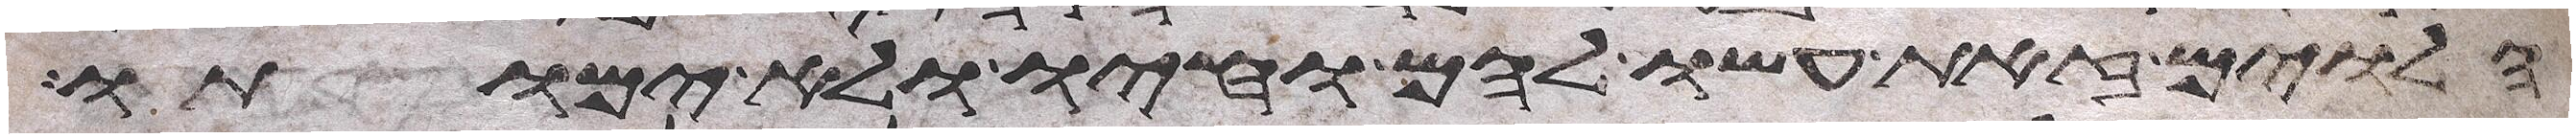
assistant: הלוים זאת עשו להם וחיו ולא ימותו